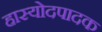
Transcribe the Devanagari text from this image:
हास्योदपादक